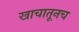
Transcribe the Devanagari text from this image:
खाचातूनच